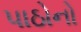
પાઠોનો